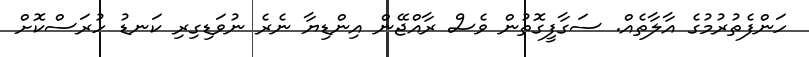
ހަންފެތުރުމުގެ އާލާތެއް. ސަގާފީގޮތުން ވެސް ރާއްޖޭން އިންޑިޔާ ނެރެ ނުވަޑިގިރި ކަނޑު ހުރަސްކޮށް